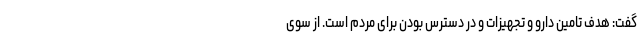
گفت: هدف تامین دارو و تجهیزات و در دسترس بودن برای مردم است. از سوی